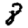
Digit: 8